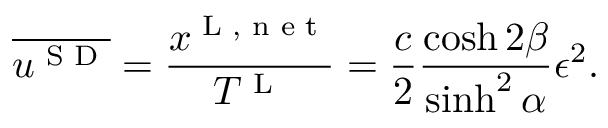
\overline { { u ^ { \textnormal { S D } } } } = \frac { x ^ { \textnormal { L , n e t } } } { T ^ { \textnormal { L } } } = \frac { c } { 2 } \frac { \cosh 2 \beta } { \sinh ^ { 2 } \alpha } \epsilon ^ { 2 } .